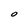
Character: O